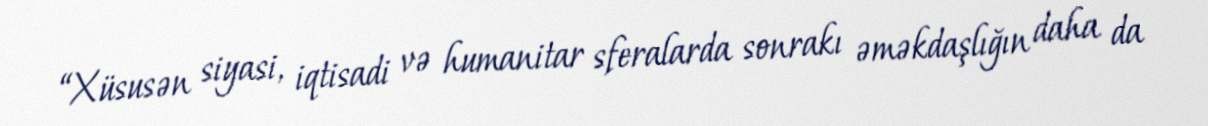
“Xüsusən siyasi, iqtisadi və humanitar sferalarda sonrakı əməkdaşlığın daha da